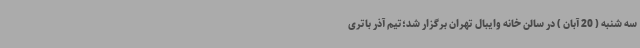
سه شنبه ( 20 آبان ) در سالن خانه وایبال تهران برگزار شد؛تیم آذر باتری